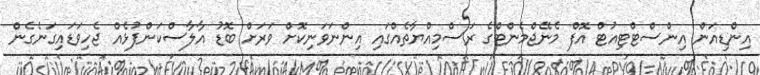
އިންޑިއަން އިންސްޓްޓިއުޓް އޮފް މެނޭޖްމެންޓްގެ ރަސްމިއްޔާތެއްގައި އިންނަވަނިކޮށް ވަރަށް ބޮޑު އާލާސްކަންފުޅެއް ޖެހިވަޑައިގަނެގެން